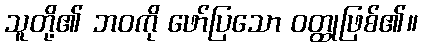
သူတို့၏ ဘဝကို ဖော်ပြသော ဝတ္ထုဖြစ်၏။